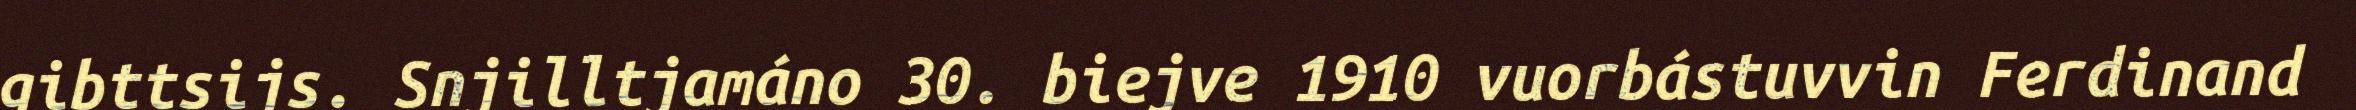
gibttsijs. Snjilltjamáno 30. biejve 1910 vuorbástuvvin Ferdinand